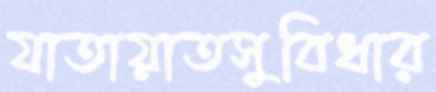
যাতায়াতসুবিধার